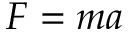
F = m a